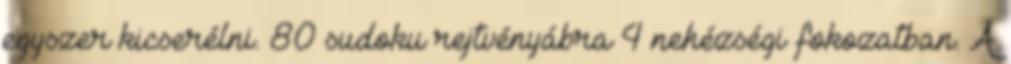
egyszer kicserélni. 80 sudoku rejtvényábra 4 nehézségi fokozatban. A